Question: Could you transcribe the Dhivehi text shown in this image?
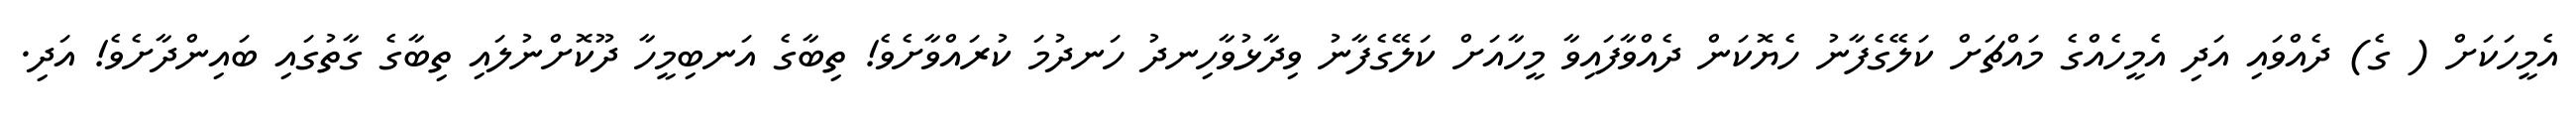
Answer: އެމީހަކަށް ( ގެ) ދެއްވައި އަދި އެމީހެއްގެ މައްޗަށް ކަލޭގެފާނު ހެޔޮކަން ދެއްވާފައިވާ މީހާއަށް ކަލޭގެފާނު ވިދާޅުވާހިނދު ހަނދުމަ ކުރައްވާށެވެ! ތިބާގެ އަނބިމީހާ ދޫކޮށްނުލައި ތިބާގެ ގާތުގައި ބައިންދާށެވެ! އަދި.